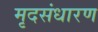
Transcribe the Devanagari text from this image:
मृदसंधारण